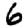
Digit: 6